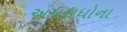
અપરાધોના